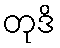
တုဒိ